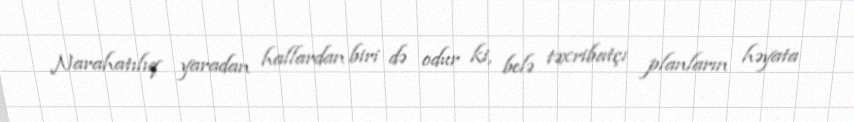
Narahatılıq yaradan hallardan biri də odur ki, belə təxribatçı planların həyata